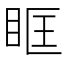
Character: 眶